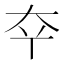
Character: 𫯟